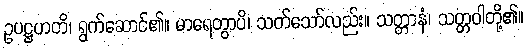
ဥပဋ္ဌဟတိ၊ ရွက်ဆောင်၏။ မာရေတွာပိ၊ သတ်သော်လည်း။ သတ္တာနံ၊ သတ္တဝါတို့၏။